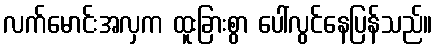
လက်မောင်းအလှက ထူးခြားစွာ ပေါ်လွင်နေပြန်သည်။